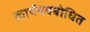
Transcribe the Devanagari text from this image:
कार्यमवबोधित